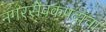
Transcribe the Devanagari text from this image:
नगरसेवकपदाचा